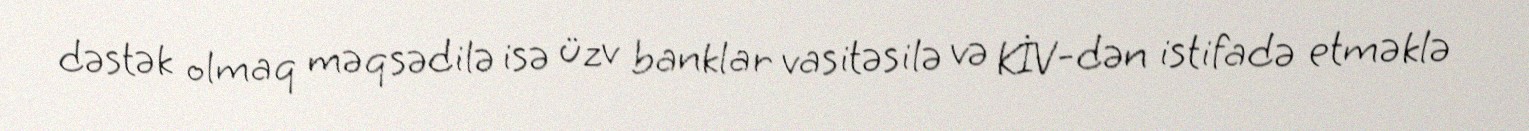
dəstək olmaq məqsədilə isə üzv banklar vasitəsilə və KİV-dən istifadə etməklə